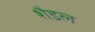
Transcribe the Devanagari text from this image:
शैडल